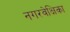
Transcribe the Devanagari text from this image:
नगरवेक्षिका